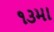
૧૩મા